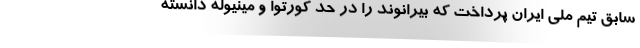
سابق تیم ملی ایران پرداخت که بیرانوند را در حد کورتوا و مینیوله دانسته